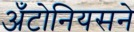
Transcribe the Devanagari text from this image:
अँटोनियसने